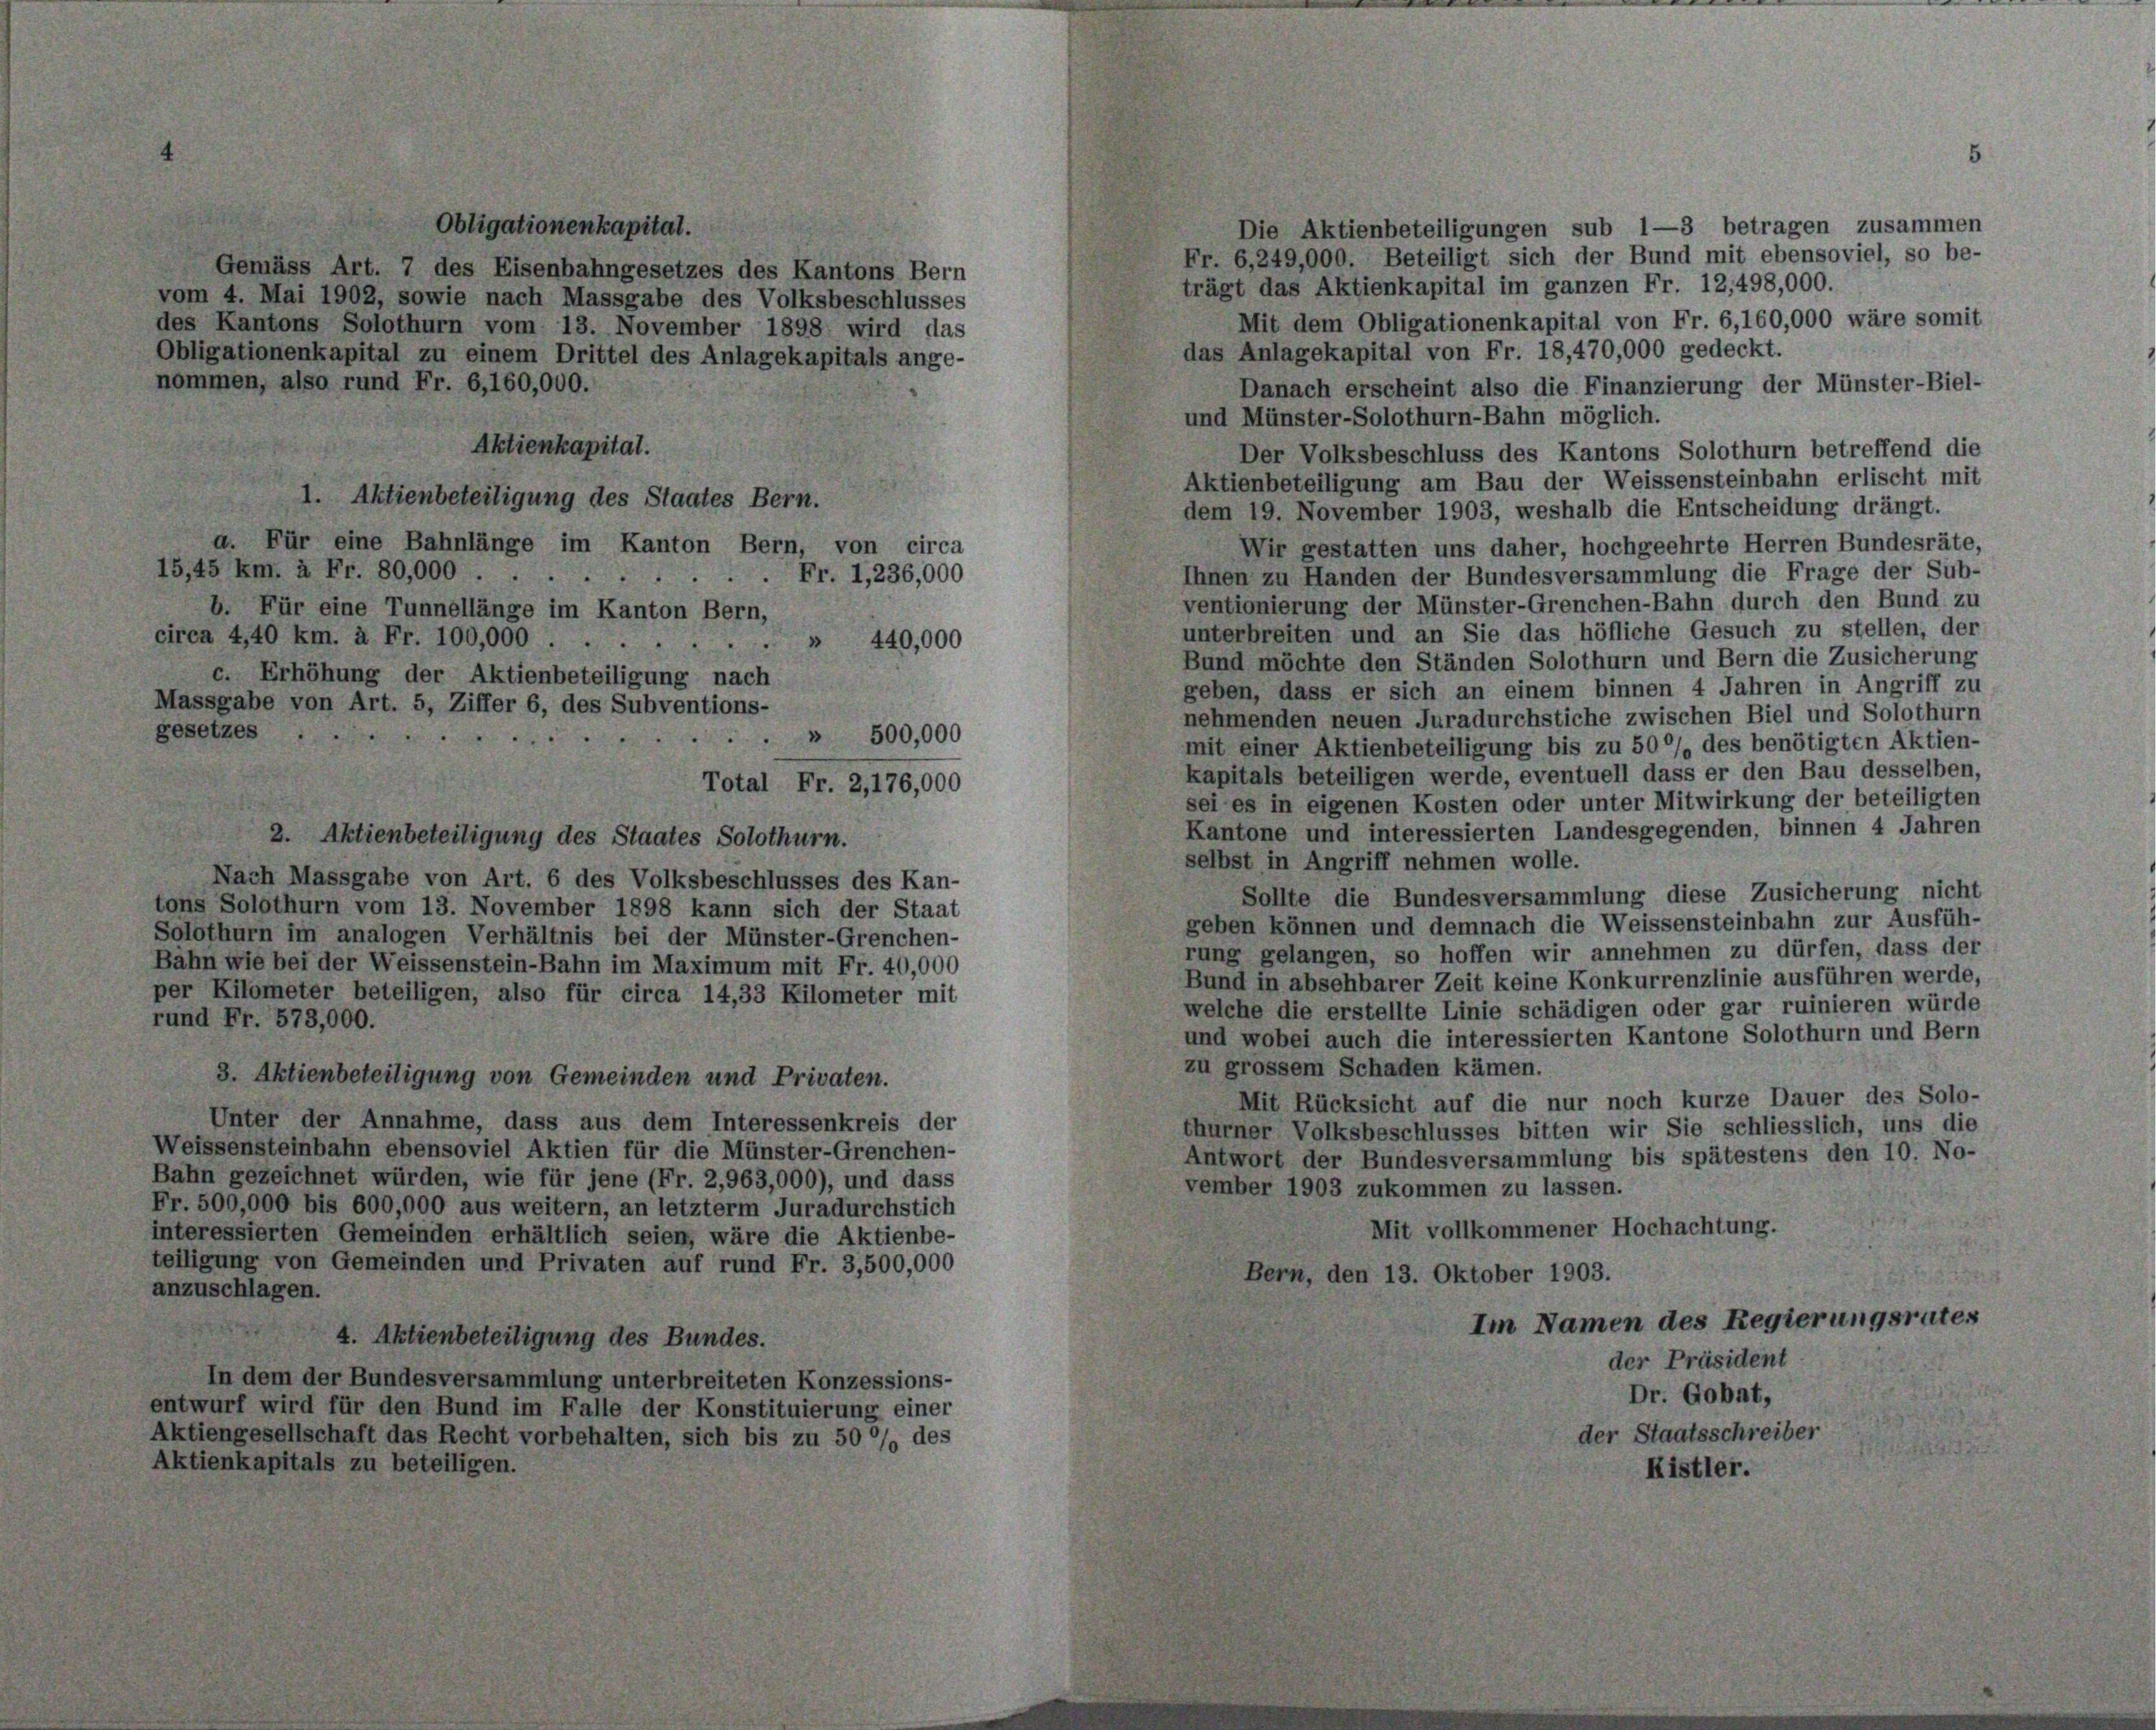
8

Oblig

esetzes

en, also rund Fr. 6,160,000.

Aktienkapital.
1. Aktienbeteiligung des Staates Bern.
a. Für eine Bahnlänge im Kanton Bern, von circa
15,45 km. à Fr. 80,000.
b. Für eine Tunnellänge im Kanton Bern,
circa 4,40 km. à Fr. 100,000 ...
c. Erhöhung der Aktienbeteiligung nach
Massgabe von Art. 5, Ziffer 6, des Subventions-

gemäss Art. 7 des Eisenbahngesetzes des Kantons Bern
4. Mai 1902, sowie nach Massgabe des Volksbeschlusses
Kantons Solothurn vom 13. November 1898 wird das
ationenkapital zu einem Drittel des Anlagekapitals ange-

Fr. 1,236,000
» 440,000

» 500,000
Total Fr. 2, 176,000

2. Aktienbeteiligung des Staates Solothurn.
Nach Massgabe von Art. 6 des Volksbeschlusses des Kan-
tons Solothurn vom 13. November 1898 kann sich der Staat
Solothurn im analogen Verhältnis bei der Münster-Grenchen-
Bahn wie bei der Weissenstein-Bahn im Maximum mit Fr. 40,000
per Kilometer beteiligen, also für circa 14,33 Kilometer mit
rund Fr. 573,000.
3. Aktienbeteiligung von Gemeinden und Privaten.
Unter der Annahme, dass aus dem Interessenkreis der
Weissensteinbahn ebensoviel Aktien für die Münster-Grenchen-
Bahn gezeichnet würden, wie für jene (Fr. 2,963,000), und dass
Fr. 500,000 bis 600,000 aus weitern, an letzterm Juradurchstich
interessierten Gemeinden erhältlich seien, wäre die Aktienbe-
teiligung von Gemeinden und Privaten auf rund Fr. 3,500,000
anzuschlagen.
4. Aktienbeteiligung des Bundes.
In dem der Bundesversammlung unterbreiteten Konzessions-
entwurf wird für den Bund im Falle der Konstituierung einer
Aktiengesellschaft das Recht vorbehalten, sich bis zu 50 % des
Aktienkapitals zu beteiligen.

Die Aktienbeteiligungen sub 1—3 betragen zusammen
Fr. 6,249,000. Beteiligt sich der Bund mit ebensoviel, so be-
trägt das Aktienkapital im ganzen Fr. 12,498,000.
Mit dem Obligationenkapital von Fr. 6,160,000 wäre somit
das Anlagekapital von Fr. 18,470,000 gedeckt.
Danach erscheint also die Finanzierung der Münster-Biel-
und Münster-Solothurn-Bahn möglich.
Der Volksbeschluss des Kantons Solothurn betreffend die
Aktienbeteiligung am Bau der Weissensteinbahn erlischt mit
dem 19. November 1903, weshalb die Entscheidung drängt.
Wir gestatten uns daher, hochgeehrte Herren Bundesräte,
Ihnen zu Handen der Bundesversammlung die Frage der Sub-
ventionierung der Münster-Grenchen-Bahn durch den Bund zu
unterbreiten und an Sie das höfliche Gesuch zu stellen, der
Bund möchte den Ständen Solothurn und Bern die Zusicherung
geben, dass er sich an einem binnen 4 Jahren in Angriff zu
nehmenden neuen Juradurchstiche zwischen Biel und Solothurn
mit einer Aktienbeteiligung bis zu 50% des benötigten Aktien-
kapitals beteiligen werde, eventuell dass er den Bau desselben,
sei es in eigenen Kosten oder unter Mitwirkung der beteiligten
Kantone und interessierten Landesgegenden, binnen 4 Jahren
selbst in Angriff nehmen wolle.
Sollte die Bundesversammlung diese Zusicherung nicht
geben können und demnach die Weissensteinbahn zur Ausfüh-
rung gelangen, so hoffen wir annehmen zu dürfen, dass der
Bund in absehbarer Zeit keine Konkurrenzlinie ausführen werde,
welche die erstellte Linie schädigen oder gar ruinieren würde
und wobei auch die interessierten Kantone Solothurn und Bern
zu grossem Schaden kämen.
Mit Rücksicht auf die nur noch kurze Dauer des Solo-
thurner Volksbeschlusses bitten wir Sie schliesslich, uns die
Antwort der Bundesversammlung bis spätestens den 10. No-
vember 1903 zukommen zu lassen.
Mit vollkommener Hochachtung.
Bern, den 13. Oktober 1903.
Im Namen des Regierungsrates
der Präsident
Dr. Gobat,
der Staatsschreiber
Kistler.